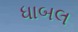
ધાબલ